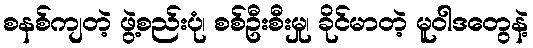
စနစ်ကျတဲ့ ဖွဲ့စည်းပုံ၊ စစ်ဦးစီးမှု၊ ခိုင်မာတဲ့ မူဝါဒတွေနဲ့